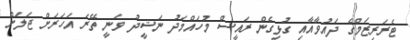
ޓެރަރިޒަމްގެ ދައުވާއާއި ގުޅިގެން ރައީސް މުހައްމަދު ނަޝީދު ވަނީ ތޭރަ އަހަރަށް ޖަލަށް